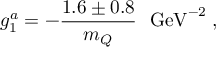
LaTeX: g _ { 1 } ^ { a } = - { \frac { 1 . 6 \pm 0 . 8 } { m _ { Q } } } ~ ~ \mathrm { G e V } ^ { - 2 } \; ,